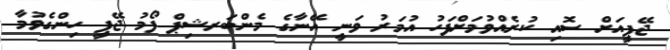
ޖޭޕީއަށް ސޮއި ކުރެއްވުމަށްފަހު އުމަރު ވަނީ އޭނާގެ މެންބަރޝިޕް ފޯމު ޖޭޕީ ހިންގެވުމާ